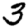
Digit: 3